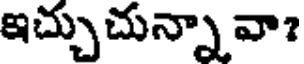
ఇచ్చుచున్నా వా?